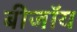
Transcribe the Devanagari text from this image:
बीजॉय